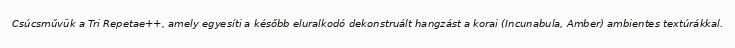
Csúcsművük a Tri Repetae++, amely egyesíti a később eluralkodó dekonstruált hangzást a korai (Incunabula, Amber) ambientes textúrákkal.